Annual report on the lock hospitals of the Madras Presidency
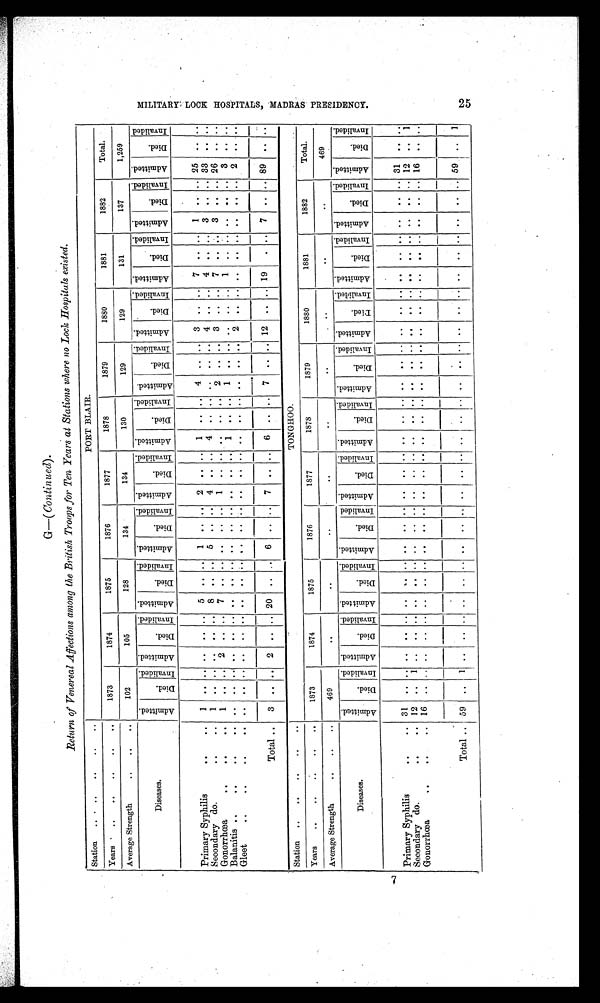
G—(Continued).
Return of Venereal Affections among the British Troops for Ten Years at Stations where no Lock Hospitals existed.
Station
..
..
..
.. ..
PORT BLAIR.
Years
..
.. .. .. ..
1873
1874
1875
1876
1877
1878
1879
1880
1881
1882
Total.
Average Strength
..
..
..
102
105
128
134
134
130
129
129
131
137
1,259
Diseases.
A d m i t t e d .
Died.
I n v a l i d e d . A d m i t t e d .
Died.
I n v a l i d e d . A d m i t t e d .
Died.
I n v a l i d e d . A d m i t t e d .
D i e d .
I n v a l i d e d . A d m i t t e d .
D i e d .
I n v a l i d e d . A d m i t t e d .
D i e d .
I n v a l i d e d .
A d m i t t e d .
D i e d .
Invalided.
Admitted.
D i e d .
I n v a l i d e d .
A d m i t t e d .
Died.
I n v a l i d e d .
A d m i t t e d .
D i e d .
Invalided.
A d m i t t e d .
Died.
Invalided.
Primary Syphilis
..
..
1
. .
. . . .
. .
. . 5
. .
. . 1
. .
. . 2
..
. . 1
. .
. . 4
. .
. . 3
. .
. . 7
. .
. .
1
. .
. . 25
. . . .
Secondary do.
..
.. 1
. .
. . . .
. .
. . 8
. .
. . 5
. .
. . 4
..
. . 4
. .
. .
. .
. .
. . 4
. .
. . 4
. .
. . 3
. .
. . 33
. . . .
Gonorrhœa
.. .. ..
1
. .
. . 2
. . . . 7
. .
. . . .
. .
. . 1
..
. . . .
. .
. . 2
. .
. . 3
. .
. . 7
. .
. . 3
. .
. . 26
. . . .
Balanitis ..
..
..
..
. .
. .
. . . .
. .
. . ..
. .
. . . .
. .
. . . .
..
. . 1
. .
. . 1
. .
. .
. .
. .
. .
1
. .
. . ..
. .
. . 3
. .
. .
Gleet
..
.. .. ..
. .
. .
. . . .
. .
. . ..
. .
. . . .
. .
. . . .
.. . . . .
. .
. .
. .
. .
. .
2
. . . .
. .
. .
. .
. .
. .
. . 2
. .
. .
Total .. 3 .. .. 2 .. .. 20 .. .. 6 ..
. . 7
..
. . 6
. .
. . 7
. .
. . 12
. .
. . 19
. .
. . 7
. .
. . 89
. .
. .
Station
..
.. .. .. ..
TONGHOO.
Years
.. .. .. .. ..
1873
1874
1875
1876
1877
1878
1879
1880
1881
1882
Total.
Average Strength
..
.. ..
469
..
. .
..
..
. .
..
..
..
..
469
Diseases.
A d m i t t e d .
D i e d .
Invalided. A d m i t t e d .
Died.
I n v a l i d e d . A d m i t t e d .
Died.
I n v a l i d e d .
A d m i t t e d .
Died.
Invalided. A d m i t t e d .
D i e d .
I n v a l i d e d . A d m i t t e d .
D i e d .
Invalided.
A d m i t t e d .
D i e d .
I n v a l i d e d .
A d m i t t e d .
D i e d .
I n v a l i d e d . A d m i t t e d .
D i e d .
I n v a l i d e d .
A d m i t t e d .
D i e d .
I n v a l i d e d .
A d m i t t e d .
D i e d .
I n v a l i d e d .
Primary Syphilis
..
.. 31
. .
. .
. .
. .
. . ..
. .
. . . .
. .
. . . .
. .
. . . .
. . .. ..
. .
. .
. .
. .
. . ..
. .
. .
. .
. .
. .
3 1
. .
. .
Secondary do.
..
.. 12
. .
1 ..
. .
. . ..
. .
. . . .
. .
. .
. .
. .
. . . .
. . .. ..
. .
. .
. .
. .
. . ..
. . . .
. .
. .
. . 12
. .
1
Gonorrhœa
..
.. ..
1 6
. .
. .
. .
. .
. .
..
. .
. .
. .
. .
. .
. .
. .
. .
. .
. .
.. ..
. . . .
. .
. . . . ..
. . . .
. .
. . . .
1 6
. .
. .
Total .. 59
..
1
. .
. . . .
..
. .
. .
. .
. .
. .
. .
. .
. .
. .
. .
..
..
. . . .
. .
. .
. .
..
. .
. .
. .
. .
. . 5 9
. . 1
M I L I T A R Y L O C K H O S P I T A L S , M A D R A S P R E S I D E N C Y . 2 5